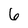
Character: 6